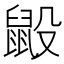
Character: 𪕂